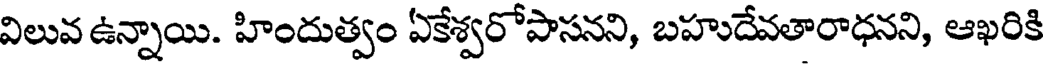
విలువ ఉన్నాయి. హిందుత్వం ఏకేశ్వరోపాసనని, బహుదేవతారాధనని, ఆఖరికి